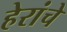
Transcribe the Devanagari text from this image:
हेरांचे